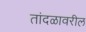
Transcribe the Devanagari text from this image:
तांदळावरील